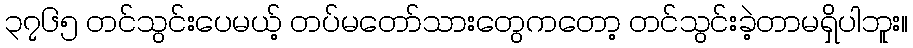
၃၇၆၅ တင်သွင်းပေမယ့် တပ်မတော်သားတွေကတော့ တင်သွင်းခဲ့တာမရှိပါဘူး။